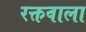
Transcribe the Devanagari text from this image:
रक्तवाला